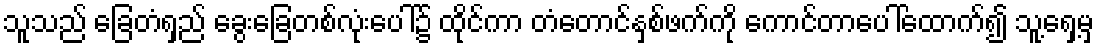
သူသည် ခြေတံရှည် ခွေးခြေတစ်လုံးပေါ်၌ ထိုင်ကာ တံတောင်နှစ်ဖက်ကို ကောင်တာပေါ်ထောက်၍ သူ့ရှေ့မှ